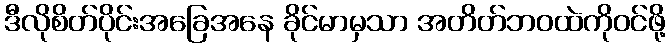
ဒီလိုစိတ်ပိုင်းအခြေအနေ ခိုင်မာမှသာ အတိတ်ဘဝထဲကိုဝင်ဖို့